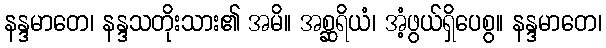
နန္ဒမာတေ၊ နန္ဒသတိုးသား၏ အမိ။ အစ္ဆရိယံ၊ အံ့ဖွယ်ရှိပေစွ။ နန္ဒမာတေ၊